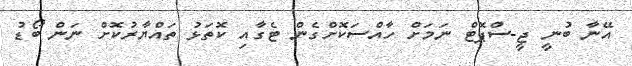
އޭނާ ބުނީ ޖީ-ސްޕޮޓް ނަމަށް ހާއްސަކޮށްގެން ޓެގާއި ކޮތަޅު ތައްޔާރުކޮށް ނަން ބޯޑު